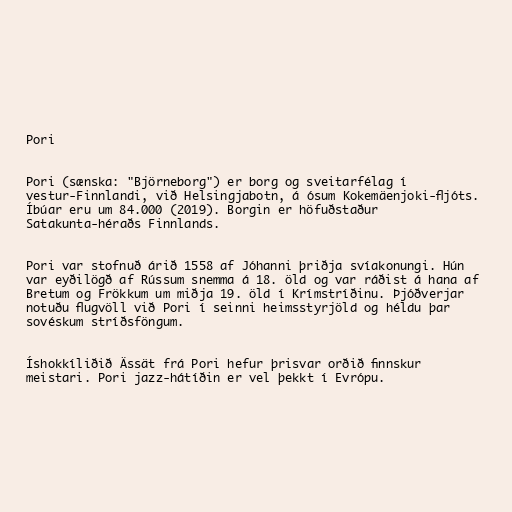
Pori

Pori (sænska: "Björneborg") er borg og sveitarfélag í
vestur-Finnlandi, við Helsingjabotn, á ósum Kokemäenjoki-fljóts.
Íbúar eru um 84.000 (2019). Borgin er höfuðstaður
Satakunta-héraðs Finnlands.

Pori var stofnuð árið 1558 af Jóhanni þriðja svíakonungi. Hún
var eyðilögð af Rússum snemma á 18. öld og var ráðist á hana af
Bretum og Frökkum um miðja 19. öld í Krímstríðinu. Þjóðverjar
notuðu flugvöll við Pori í seinni heimsstyrjöld og héldu þar
sovéskum stríðsföngum.

Íshokkíliðið Ässät frá Pori hefur þrisvar orðið finnskur
meistari. Pori jazz-hátíðin er vel þekkt í Evrópu.